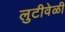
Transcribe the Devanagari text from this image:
लुटीवेळी